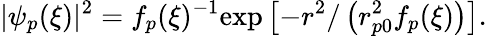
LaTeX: |\psi_{p}(\xi)|^{2}=f_{p}(\xi)^{-1}\mathrm{exp}\left[{-r^{2}/\left(r_{p0}^{2}f_{p}(\xi)\right)}\right].